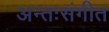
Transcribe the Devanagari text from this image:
अन्तःसंगीत